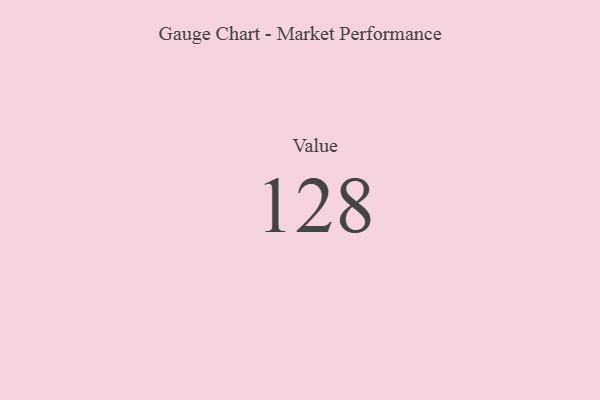
{"axis": {"x": "Metric", "y": "Value"}, "legend": [""], "data": [{"x": "Value", "y": 128, "type": ""}]}